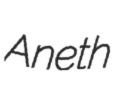
Aneth